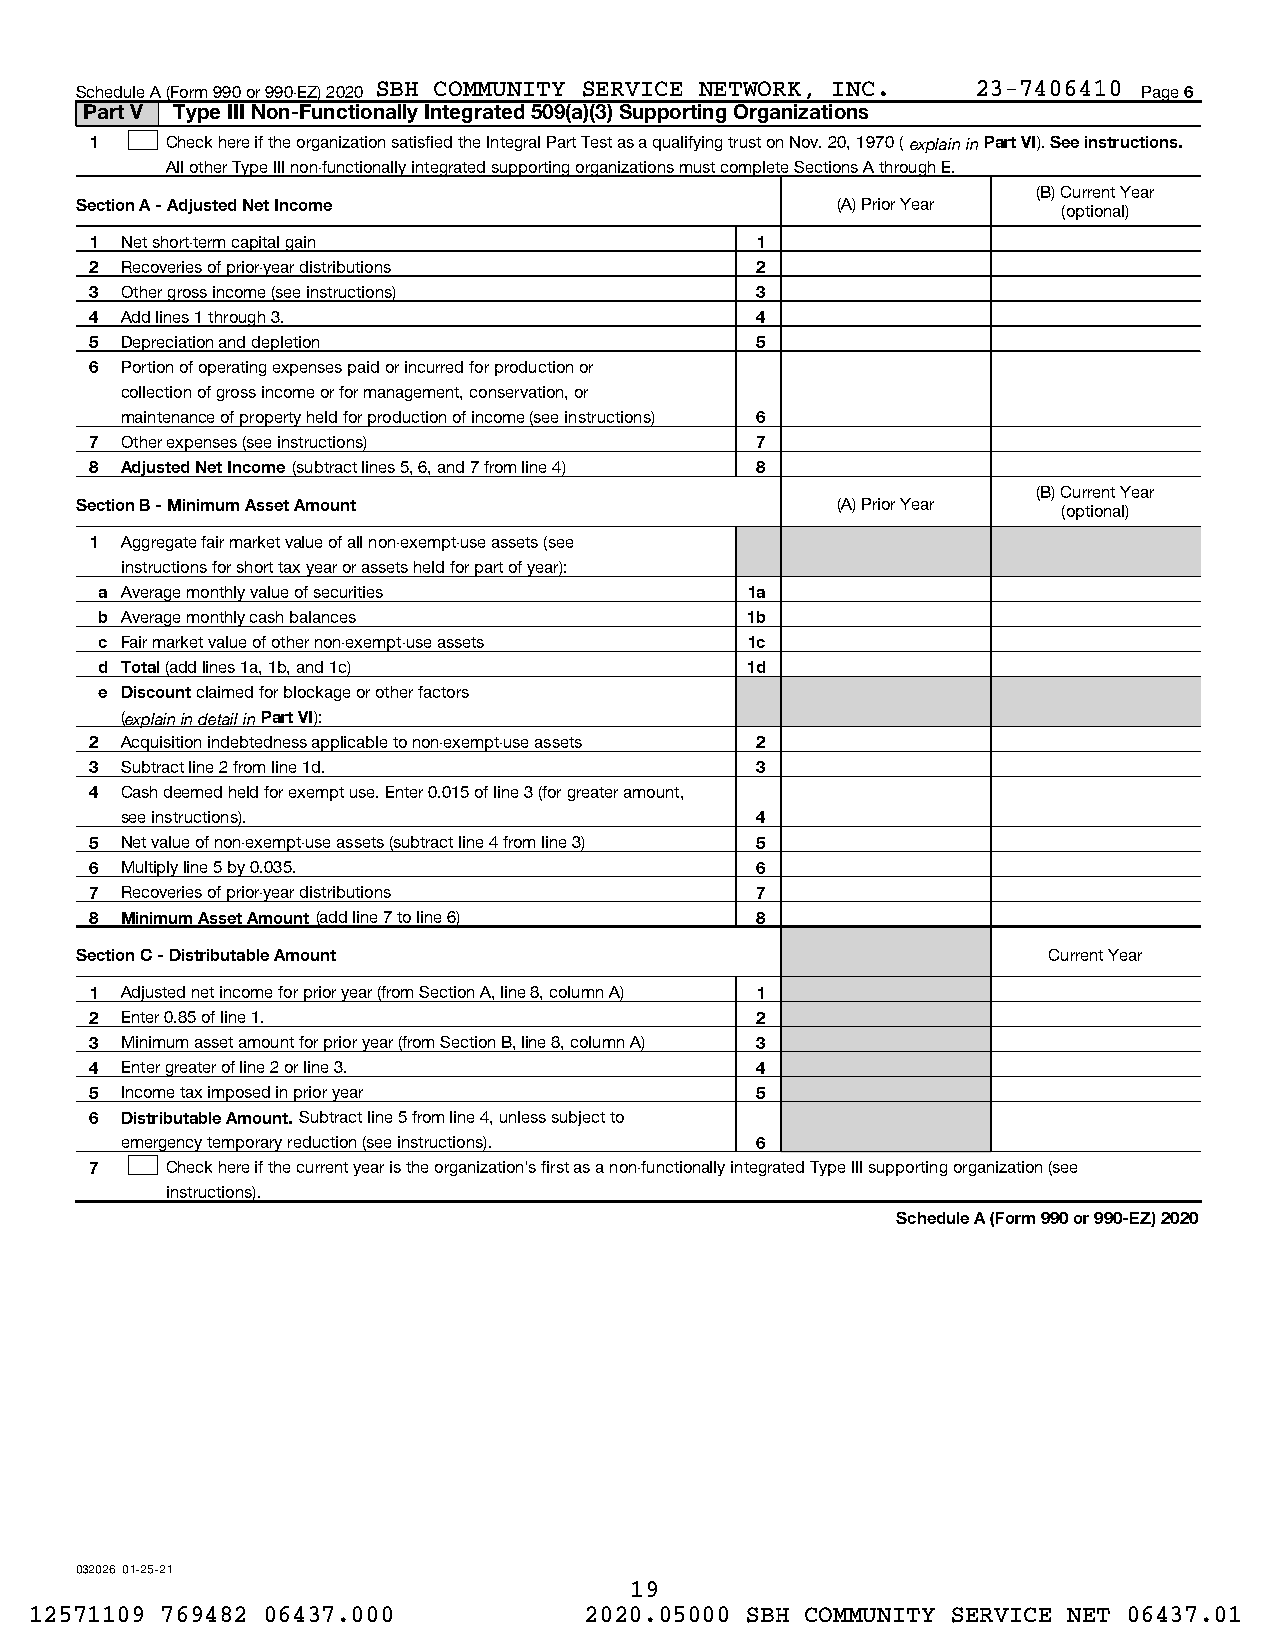
Schedule A (Form 990 or 990-EZ) 2020 SBH COMMUNITY SERVICE NETWORK, INC. 23-7406410 Page 6
 Part V Type III Non-Functionally Integrated 509(a)(3) Supporting Organizations
 1    Check here if the organization satisfied the Integral Part Test as a qualifying trust on Nov. 20, 1970 ( explain in Part VI). See instructions.
 All other Type III non-functionally integrated supporting organizations must complete Sections A through E.
 (B) Current Year
 Section A - Adjusted Net Income                   (A) Prior Year (optional)
 1 Net short-term capital gain               1
 2 Recoveries of prior-year distributions    2
 3 Other gross income (see instructions)     3
 4 Add lines 1 through 3.                    4
 5 Depreciation and depletion                5
 6 Portion of operating expenses paid or incurred for production or
 collection of gross income or for management, conservation, or
 maintenance of property held for production of income (see instructions) 6
 7 Other expenses (see instructions)         7
 8 Adjusted Net Income (subtract lines 5, 6, and 7 from line 4) 8
 (B) Current Year
 Section B - Minimum Asset Amount                  (A) Prior Year (optional)
 1 Aggregate fair market value of all non-exempt-use assets (see
 instructions for short tax year or assets held for part of year):
 a Average monthly value of securities     1a
 b Average monthly cash balances           1b
 c Fair market value of other non-exempt-use assets 1c
 d Total (add lines 1a, 1b, and 1c)        1d
 e Discount claimed for blockage or other factors
 (explain in detail in Part VI):
 2 Acquisition indebtedness applicable to non-exempt-use assets 2
 3 Subtract line 2 from line 1d.             3
 4 Cash deemed held for exempt use. Enter 0.015 of line 3 (for greater amount,
 see instructions).                        4
 5 Net value of non-exempt-use assets (subtract line 4 from line 3) 5
 6 Multiply line 5 by 0.035.                 6
 7 Recoveries of prior-year distributions    7
 8 Minimum Asset Amount (add line 7 to line 6) 8
 Section C - Distributable Amount                                Current Year
 1 Adjusted net income for prior year (from Section A, line 8, column A) 1
 2 Enter 0.85 of line 1.                     2
 3 Minimum asset amount for prior year (from Section B, line 8, column A) 3
 4 Enter greater of line 2 or line 3.        4
 5 Income tax imposed in prior year          5
 6 Distributable Amount. Subtract line 5 from line 4, unless subject to
 emergency temporary reduction (see instructions). 6
 7    Check here if the current year is the organization's first as a non-functionally integrated Type III supporting organization (see
 instructions).
 Schedule A (Form 990 or 990-EZ) 2020
 032026 01-25-21
 19
 12571109 769482 06437.000            2020.05000 SBH COMMUNITY SERVICE NET 06437.01